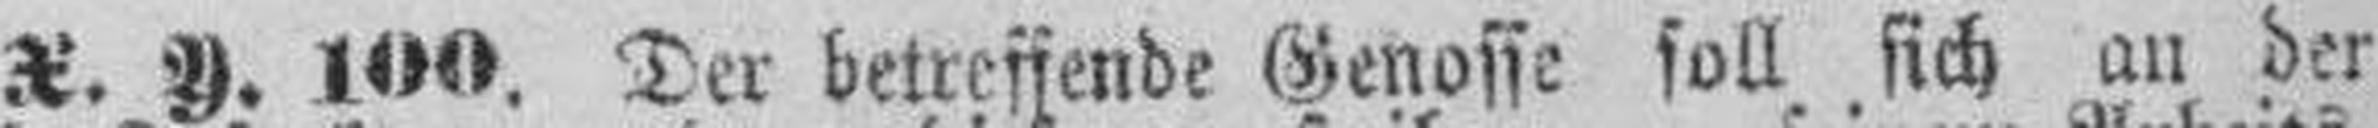
X. Y. 100. Der betreffende Genosse soll sich an der